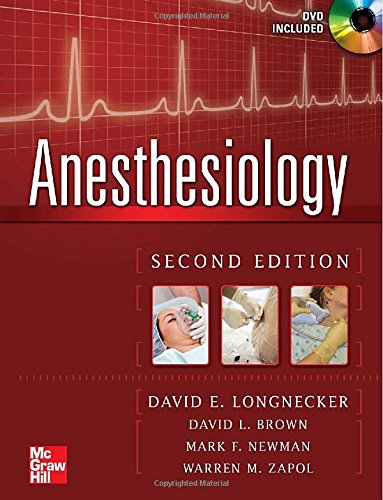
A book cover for Anesthesiology, Second Edition; David Longnecker; Medical Books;